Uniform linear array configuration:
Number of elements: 8
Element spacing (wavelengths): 0.75
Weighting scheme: blackman
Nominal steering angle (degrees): -15
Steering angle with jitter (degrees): -16.763
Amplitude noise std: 0.05
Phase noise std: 0.05

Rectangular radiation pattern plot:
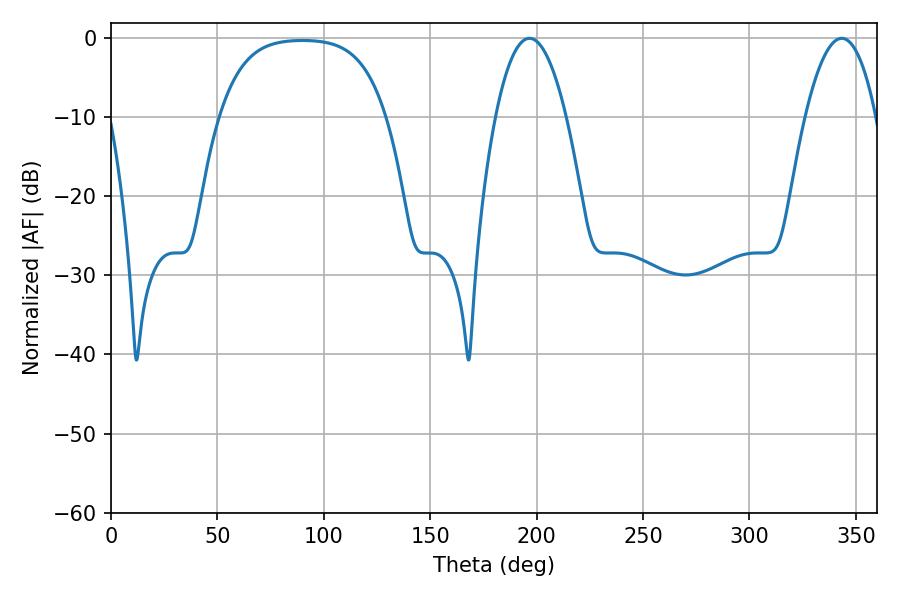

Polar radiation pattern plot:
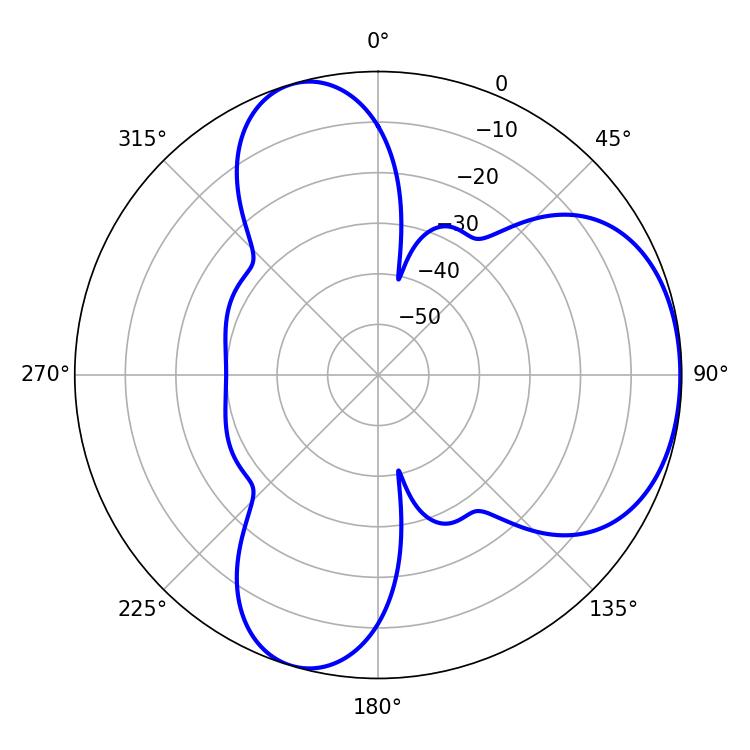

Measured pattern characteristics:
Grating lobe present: TRUE
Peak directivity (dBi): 4.918
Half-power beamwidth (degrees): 18.54
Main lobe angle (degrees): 196.56